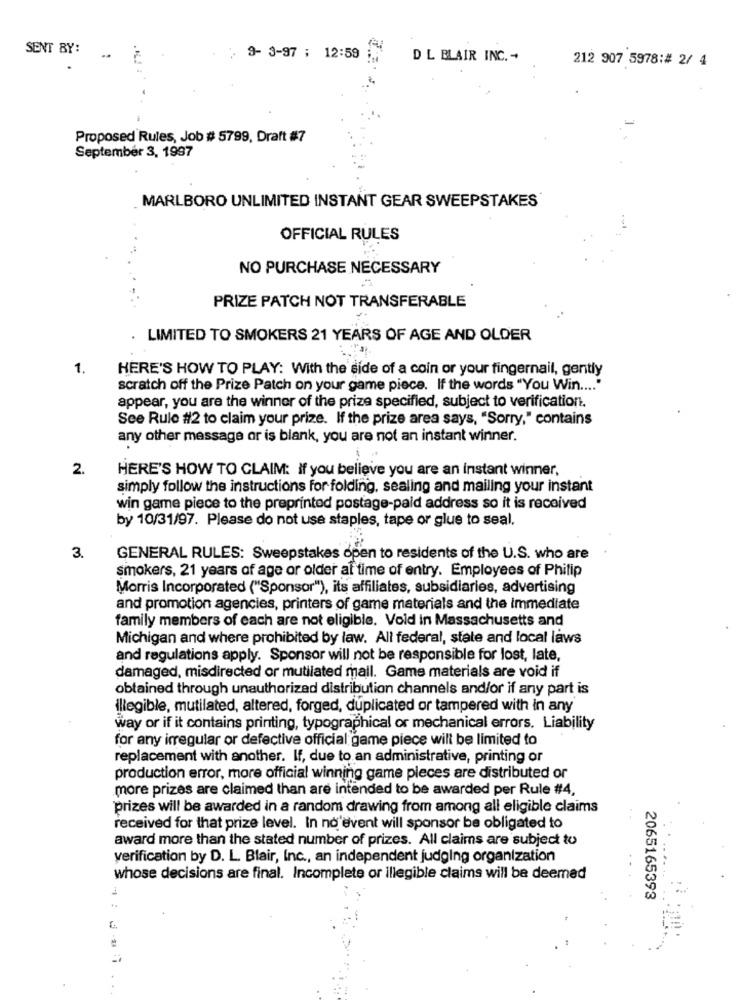
SENT BY:
9- 3-97 ; 12:59
D L BLAIR INC. -
212 907 5978:# 2/ 4
Proposed Rules, Job # 5799, Draft #7
September 3, 1997
MARLBORO UNLIMITED INSTANT GEAR SWEEPSTAKES
OFFICIAL RULES
NO PURCHASE NECESSARY
PRIZE PATCH NOT TRANSFERABLE
LIMITED TO SMOKERS 21 YEARS OF AGE AND OLDER
1.
HERE'S HOW TO PLAY: With the side of a coin or your fingernail, gently
scratch off the Prize Patch on your game piece. If the words "You Win ....
appear, you are the winner of the prize specified, subject to verification.
See Rule #2 to claim your prize. If the prize area says, "Sorry," contains
any other message or is blank, you are not an instant winner.
2.
HERE'S HOW TO CLAIM: If you believe you are an instant winner,
simply follow the instructions for folding, sealing and mailing your instant
win game piece to the preprinted postage-paid address so it is received
by 10/31/97. Please do not use staples, tape or glue to seal.
3.
GENERAL RULES: Sweepstakes open to residents of the U.S. who are
smokers, 21 years of age or older af time of entry. Employees of Philip
Morris Incorporated ("Sponsor"), its affiliates, subsidiaries, advertising
and promotion agencies, printers of game materials and the immediate
family members of each are not eligible. Void in Massachusetts and
Michigan and where prohibited by law. All federal, state and local laws
and regulations apply. Sponsor will not be responsible for lost, late,
damaged, misdirected or mutilated mail. Game materials are void if
obtained through unauthorized distribution channels and/or if any part is
illegible, mutilated, altered, forged, duplicated or tampered with in any
way or if it contains printing, typographical or mechanical errors. Liability
for any irregular or defective official game piece will be limited to
replacement with another. If, due to an administrative, printing or
production error, more official winning game pleces are distributed or
more prizes are claimed than are intended to be awarded per Rule #4,
prizes will be awarded in a random drawing from among all eligible claims
received for that prize level. In no event will sponsor be obligated to
award more than the stated number of prizes. All claims are subject to
verification by D. L. Blair, Inc ., an independent judging organization
whose decisions are final. Incomplete or illegible claims will be deemed
2065165393